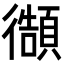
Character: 𭜊